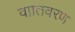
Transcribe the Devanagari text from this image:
वाातवरण